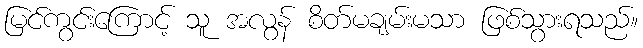
မြင်ကွင်းကြောင့် သူ အလွန် စိတ်မချမ်းမသာ ဖြစ်သွားရသည်။